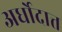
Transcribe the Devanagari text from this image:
अर्धोदात्त